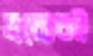
দ্রব্যেরই